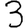
Digit: 3